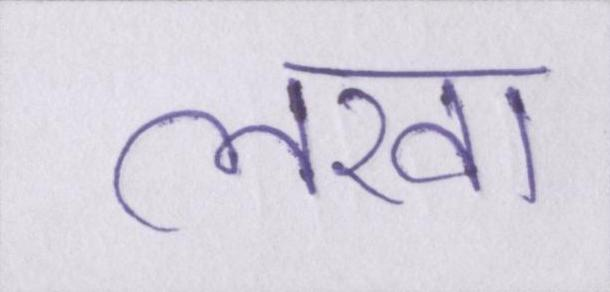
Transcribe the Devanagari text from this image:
लखा